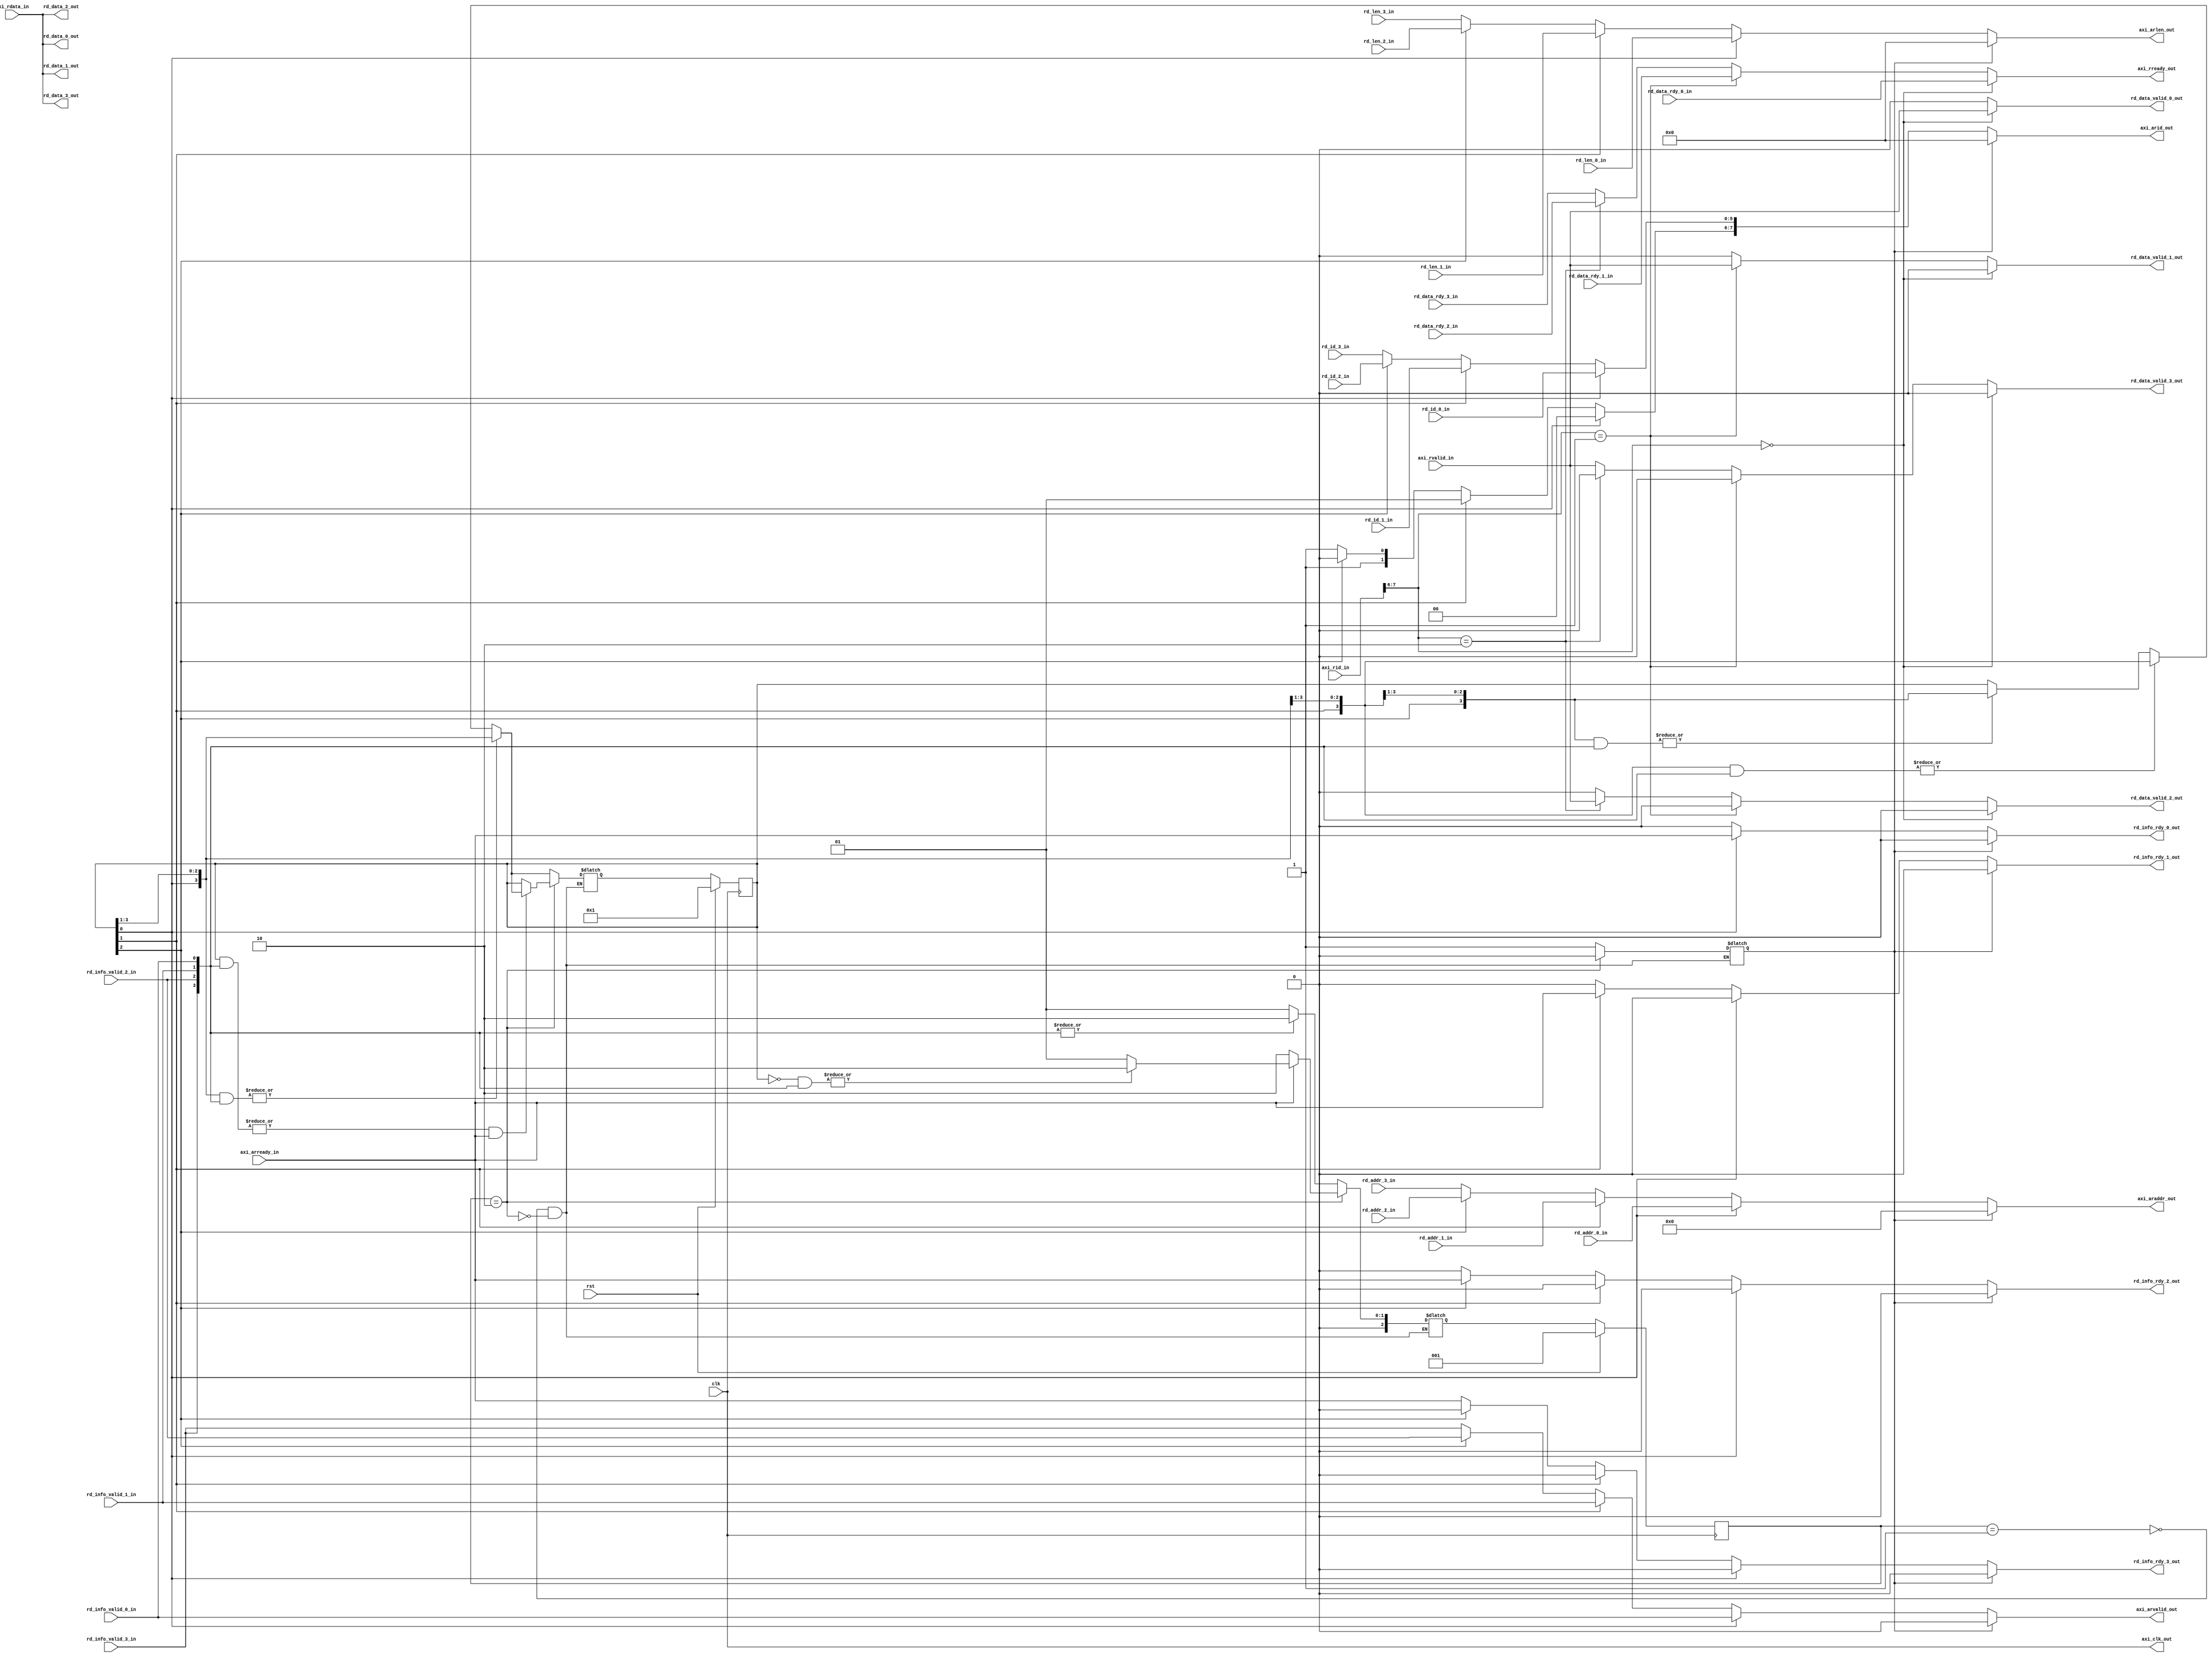
module AXIArbiter2(
    input         clk,                   // System clock
    input         rst,                   // System reset
    
    // AXI Bus Interface
    output        axi_clk_out,           // AXI bus clock
    input         axi_arready_in,        // AXI bus address ready
    output [C0_C_S_AXI_ID_WIDTH-1:0] axi_arid_out, // AXI bus address request ID
    output [32:0] axi_araddr_out,        // AXI bus address
    output [7:0]  axi_arlen_out,         // AXI bus address read length    
    output        axi_arvalid_out,       // AXI bus address valid
    input [C0_C_S_AXI_ID_WIDTH-1:0] axi_rid_in,    // AXI bus read data request ID
    input         axi_rvalid_in,         // AXI bus read data valid
    input [255:0] axi_rdata_in,          // AXI bus read data
    output        axi_rready_out,        // AXI bus read data ready

    // Reference Reader 0
    input  [C0_C_S_AXI_ID_WIDTH-3:0]   rd_id_0_in, // Read burst ID
    input  [32:0]  rd_addr_0_in,         // Read burst address
    input  [7:0]   rd_len_0_in,          // Read burst length (in terms of 256 bit blocks)
    input          rd_info_valid_0_in,   // Read info valid
    output         rd_info_rdy_0_out,    // Read request acknowledged 
    output [255:0] rd_data_0_out,        // DRAM read data
    output         rd_data_valid_0_out,  // DRAM read data valid    
    input          rd_data_rdy_0_in,     // DRAM read data acknowledged  
    
    // Reference Reader 1
    input  [C0_C_S_AXI_ID_WIDTH-3:0]   rd_id_1_in, // Read burst ID
    input  [32:0]  rd_addr_1_in,         // Read burst address
    input  [7:0]   rd_len_1_in,          // Read burst length (in terms of 256 bit blocks)
    input          rd_info_valid_1_in,   // Read info valid
    output         rd_info_rdy_1_out,    // Read request acknowledged 
    output [255:0] rd_data_1_out,        // DRAM read data
    output         rd_data_valid_1_out,  // DRAM read data valid    
    input          rd_data_rdy_1_in,     // DRAM read data acknowledged  
    
    // Reference Reader 2
    input  [C0_C_S_AXI_ID_WIDTH-3:0]   rd_id_2_in, // Read burst ID
    input  [32:0]  rd_addr_2_in,         // Read burst address
    input  [7:0]   rd_len_2_in,          // Read burst length (in terms of 256 bit blocks)
    input          rd_info_valid_2_in,   // Read info valid
    output         rd_info_rdy_2_out,    // Read request acknowledged 
    output [255:0] rd_data_2_out,        // DRAM read data
    output         rd_data_valid_2_out,  // DRAM read data valid    
    input          rd_data_rdy_2_in,     // DRAM read data acknowledged  
    
    // Reference Reader 3
    input  [C0_C_S_AXI_ID_WIDTH-3:0]   rd_id_3_in, // Read burst ID
    input  [32:0]  rd_addr_3_in,         // Read burst address
    input  [7:0]   rd_len_3_in,          // Read burst length (in terms of 256 bit blocks)
    input          rd_info_valid_3_in,   // Read info valid
    output         rd_info_rdy_3_out,    // Read request acknowledged 
    output [255:0] rd_data_3_out,        // DRAM read data
    output         rd_data_valid_3_out,  // DRAM read data valid    
    input          rd_data_rdy_3_in      // DRAM read data acknowledged  
    );

    parameter C0_C_S_AXI_ID_WIDTH = 8;
    
    // FSM states
    localparam WAIT_PORT_VALID = 3'b001,
               CONNECT_PORT    = 3'b010;
    reg [2:0] state;
    reg [2:0] next_state;
    
    // Port select signals
    reg [3:0] cur_port;
    reg [3:0] next_port;
    reg disconnect_port;
    
    // AXI bus interface output signals
    reg [C0_C_S_AXI_ID_WIDTH-1:0]  axi_arid;
    reg [32:0] axi_araddr;
    reg [7:0]  axi_arlen;
    reg        axi_arvalid;
    reg        axi_rready;  

    // Reference reader output signals
    reg rd_info_rdy_0;
    reg rd_info_rdy_1;
    reg rd_info_rdy_2;
    reg rd_info_rdy_3;
    reg [255:0] rd_data_0;
    reg [255:0] rd_data_1;
    reg [255:0] rd_data_2;
    reg [255:0] rd_data_3;
    reg rd_data_valid_0;
    reg rd_data_valid_1;
    reg rd_data_valid_2;
    reg rd_data_valid_3;
    
    wire [3:0] rd_info_valids;
    
    // AXI bus interface
    assign axi_clk_out     = clk;
    assign axi_arid_out    = axi_arid;
    assign axi_araddr_out  = axi_araddr;
    assign axi_arlen_out   = axi_arlen;
    assign axi_arvalid_out = axi_arvalid;
    assign axi_rready_out  = axi_rready;
    
    // Reference reader interface
    assign rd_info_rdy_0_out = rd_info_rdy_0;
    assign rd_info_rdy_1_out = rd_info_rdy_1;
    assign rd_info_rdy_2_out = rd_info_rdy_2;
    assign rd_info_rdy_3_out = rd_info_rdy_3;
    assign rd_data_0_out = rd_data_0;
    assign rd_data_1_out = rd_data_1;
    assign rd_data_2_out = rd_data_2;
    assign rd_data_3_out = rd_data_3;
    assign rd_data_valid_0_out = rd_data_valid_0;
    assign rd_data_valid_1_out = rd_data_valid_1;
    assign rd_data_valid_2_out = rd_data_valid_2;
    assign rd_data_valid_3_out = rd_data_valid_3;

    // Read info valid signal rename
    assign rd_info_valids = {rd_info_valid_3_in, rd_info_valid_2_in, rd_info_valid_1_in, rd_info_valid_0_in};

    // Address handshake port connection
    always @(*) begin
        if (!disconnect_port) begin
            if (cur_port[0]) begin
                axi_arid[C0_C_S_AXI_ID_WIDTH-1 -: 2] = 2'b00;
                axi_arid[C0_C_S_AXI_ID_WIDTH-3:0] = rd_id_0_in;
                axi_araddr = rd_addr_0_in;
                axi_arlen = rd_len_0_in;
                axi_arvalid = rd_info_valid_0_in;
                rd_info_rdy_0 = axi_arready_in;
                rd_info_rdy_1 = 0;
                rd_info_rdy_2 = 0;
                rd_info_rdy_3 = 0;
            end else if (cur_port[1]) begin
                axi_arid[C0_C_S_AXI_ID_WIDTH-1 -: 2] = 2'b01;
                axi_arid[C0_C_S_AXI_ID_WIDTH-3:0] = rd_id_1_in;
                axi_araddr = rd_addr_1_in;
                axi_arlen = rd_len_1_in;
                axi_arvalid = rd_info_valid_1_in;
                rd_info_rdy_0 = 0;
                rd_info_rdy_1 = axi_arready_in;
                rd_info_rdy_2 = 0;
                rd_info_rdy_3 = 0;
            end else if (cur_port[2]) begin
                axi_arid[C0_C_S_AXI_ID_WIDTH-1 -: 2] = 2'b10;
                axi_arid[C0_C_S_AXI_ID_WIDTH-3:0] = rd_id_2_in;
                axi_araddr = rd_addr_2_in;
                axi_arlen = rd_len_2_in;
                axi_arvalid = rd_info_valid_2_in;
                rd_info_rdy_0 = 0;
                rd_info_rdy_1 = 0;
                rd_info_rdy_2 = axi_arready_in;
                rd_info_rdy_3 = 0;
            end else begin
                axi_arid[C0_C_S_AXI_ID_WIDTH-1 -: 2] = 2'b11;
                axi_arid[C0_C_S_AXI_ID_WIDTH-3:0] = rd_id_3_in;
                axi_araddr = rd_addr_3_in;
                axi_arlen = rd_len_3_in;
                axi_arvalid = rd_info_valid_3_in;
                rd_info_rdy_0 = 0;
                rd_info_rdy_1 = 0;
                rd_info_rdy_2 = 0;
                rd_info_rdy_3 = axi_arready_in;
            end
        end else begin
            axi_arid = 0;
            axi_araddr = 0;
            axi_arlen = 0;
            axi_arvalid = 0;
            rd_info_rdy_0 = 0;
            rd_info_rdy_1 = 0;
            rd_info_rdy_2 = 0;
            rd_info_rdy_3 = 0;
        end
    end
    
    // FSM
    always @(posedge clk) begin
        if (rst) begin
            state <= WAIT_PORT_VALID;
            cur_port <= 4'b0001;
        end else begin
            state <= next_state;
            cur_port <= next_port;
        end
    end
    always @(*) begin
        case(state)
            WAIT_PORT_VALID: begin
                if (|(rd_info_valids)) begin
                    next_state = CONNECT_PORT;
                end else begin
                    next_state = WAIT_PORT_VALID;
                end
            end
            
            CONNECT_PORT: begin
                // Handshake complete
                if (axi_arready_in) begin
                    // Still another port requesting
                    if (|((~cur_port) & rd_info_valids)) begin
                        next_state = CONNECT_PORT;
                    // No more ports requesting
                    end else begin
                        next_state = WAIT_PORT_VALID;
                    end
                // Handshake not yet complete
                end else begin
                    next_state = CONNECT_PORT;
                end
            end
        endcase
    end
    always @(*) begin
        case(state)
            WAIT_PORT_VALID: begin
                if (|({cur_port[0], cur_port[3], cur_port[2], cur_port[1]} & rd_info_valids)) begin
                    next_port = {cur_port[0], cur_port[3], cur_port[2], cur_port[1]};
                end else if (|({cur_port[1], cur_port[0], cur_port[3], cur_port[2]} & rd_info_valids)) begin
                    next_port = {cur_port[1], cur_port[0], cur_port[3], cur_port[2]};
                end else if (|({cur_port[2], cur_port[1], cur_port[0], cur_port[3]} & rd_info_valids)) begin
                    next_port = {cur_port[2], cur_port[1], cur_port[0], cur_port[3]};
                end else begin
                    next_port = cur_port;
                end
                disconnect_port = 1;
            end
            
            CONNECT_PORT: begin
                // Move to next requesting port when current handshake complete
                if ((|(cur_port & rd_info_valids)) & axi_arready_in) begin
                    if (|({cur_port[0], cur_port[3], cur_port[2], cur_port[1]} & rd_info_valids)) begin
                        next_port = {cur_port[0], cur_port[3], cur_port[2], cur_port[1]};
                    end else if (|({cur_port[1], cur_port[0], cur_port[3], cur_port[2]} & rd_info_valids)) begin
                        next_port = {cur_port[1], cur_port[0], cur_port[3], cur_port[2]};
                    end else if (|({cur_port[2], cur_port[1], cur_port[0], cur_port[3]} & rd_info_valids)) begin
                        next_port = {cur_port[2], cur_port[1], cur_port[0], cur_port[3]};
                    end else begin
                        next_port = cur_port;
                    end
                end else begin
                    next_port = cur_port;
                end
                disconnect_port = 0;
            end
        endcase
    end
        
    // Data handshaking
    always @(*) begin
        axi_rready = 0;
        rd_data_0 = axi_rdata_in;
        rd_data_1 = axi_rdata_in;
        rd_data_2 = axi_rdata_in;
        rd_data_3 = axi_rdata_in;
        
        if (axi_rid_in[C0_C_S_AXI_ID_WIDTH-1 -: 2] == 0) begin
            axi_rready = rd_data_rdy_0_in;
            rd_data_valid_0 = axi_rvalid_in;
            rd_data_valid_1 = 0;
            rd_data_valid_2 = 0;
            rd_data_valid_3 = 0;
        end else if (axi_rid_in[C0_C_S_AXI_ID_WIDTH-1 -: 2] == 1) begin
            axi_rready = rd_data_rdy_1_in;
            rd_data_valid_0 = 0;
            rd_data_valid_1 = axi_rvalid_in;
            rd_data_valid_2 = 0;
            rd_data_valid_3 = 0;
        end else if (axi_rid_in[C0_C_S_AXI_ID_WIDTH-1 -: 2] == 2) begin
            axi_rready = rd_data_rdy_2_in;
            rd_data_valid_0 = 0;
            rd_data_valid_1 = 0;
            rd_data_valid_2 = axi_rvalid_in;
            rd_data_valid_3 = 0;
        end else begin
            axi_rready = rd_data_rdy_3_in;
            rd_data_valid_0 = 0;
            rd_data_valid_1 = 0;
            rd_data_valid_2 = 0;
            rd_data_valid_3 = axi_rvalid_in;
        end
    end
endmodule